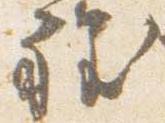
程